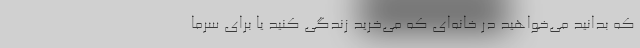
که بدانید می‌خواهید در خانه‌ای که می‌خرید زندگی کنید یا برای سرما